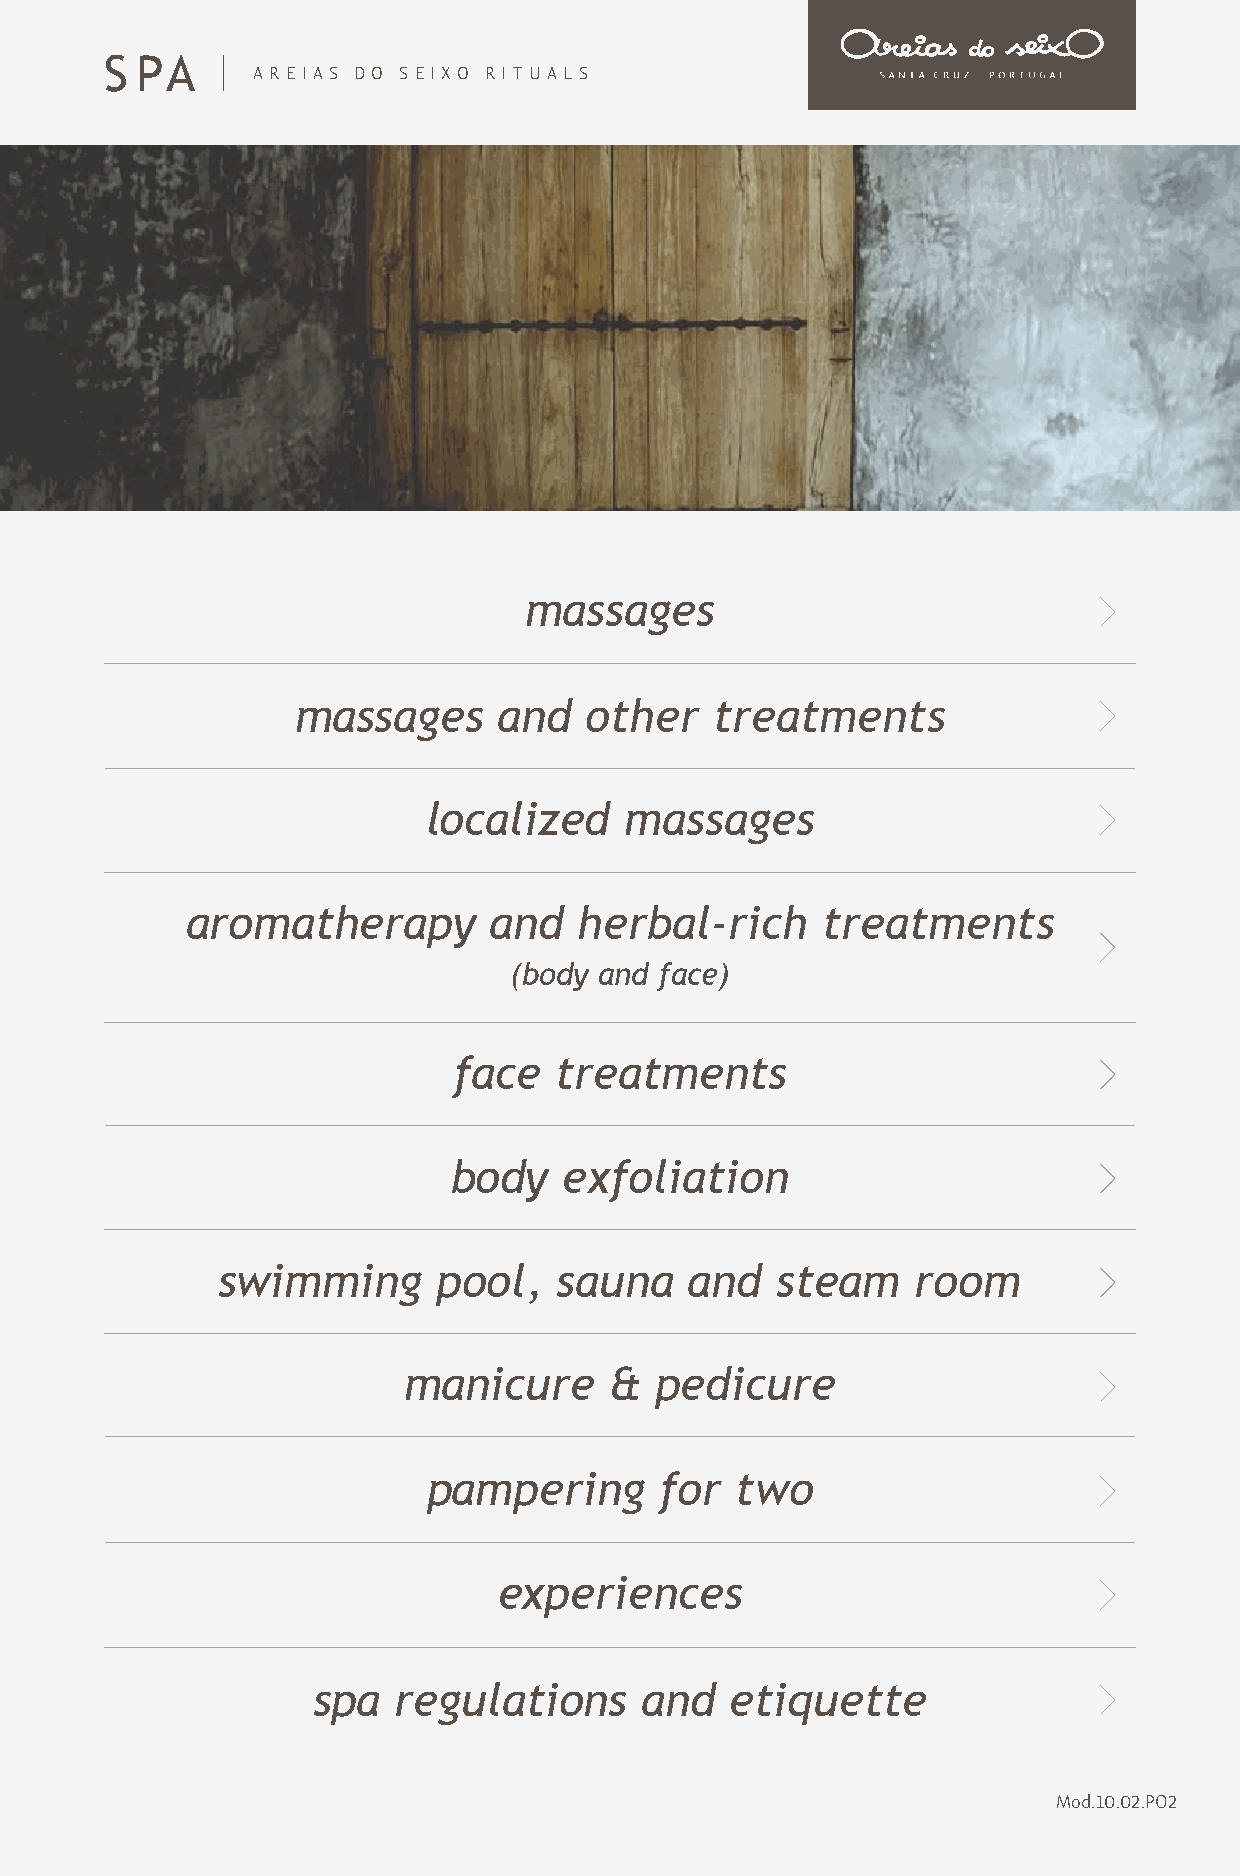
S PA
 AREIAS DO SE IXO RITUALS
 massages
 massages     and   other   treatments
 localized    massages
 aromatherapy        and   herbal-rich     treatments
 (body and face)
 face   treatments
 body   exfoliation
 swimming       pool,   sauna    and  steam     room
 manicure     &  pedicure
 pampering       for  two
 experiences
 spa  regulations     and   etiquette
 Mod.10.02.PO2